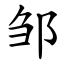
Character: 邹